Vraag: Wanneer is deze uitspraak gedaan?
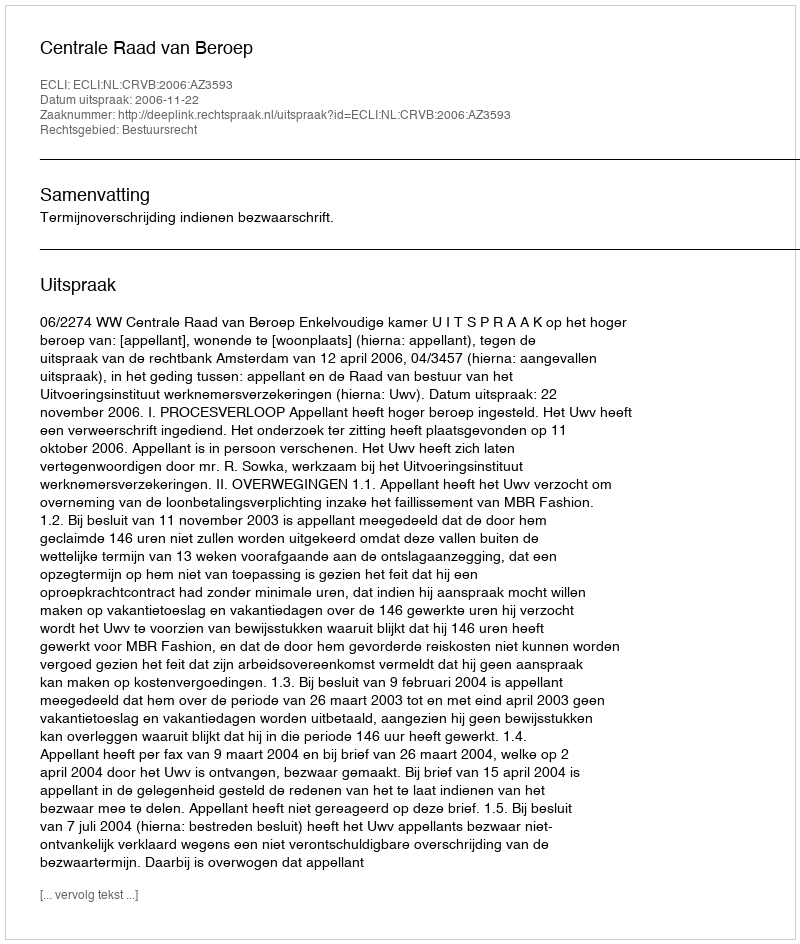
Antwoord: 2006-11-22